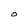
Character: O